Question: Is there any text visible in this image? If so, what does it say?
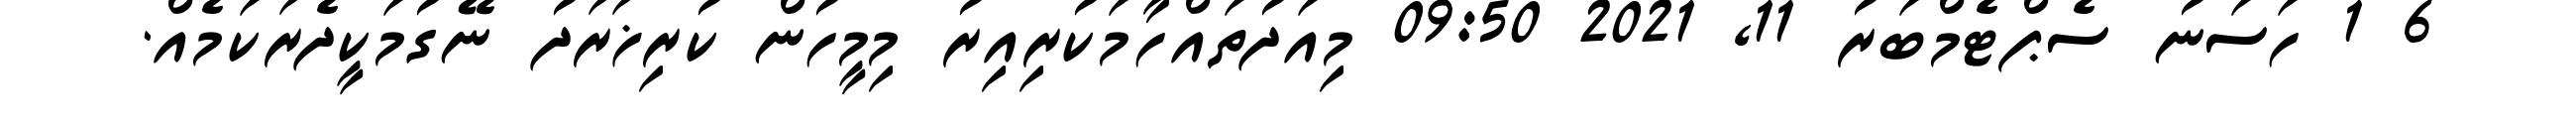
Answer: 6 1 ހަސަނު ސެޕްޓެމްބަރު 11, 2021 09:50 މިއަދުތައްހާމަކުރިއިރު މިމީހުން ކުރިޚަރަދު ނޭގުމަކީދެރަކަމެއް.